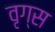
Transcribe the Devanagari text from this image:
वृग्स